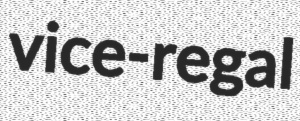
vice-regal